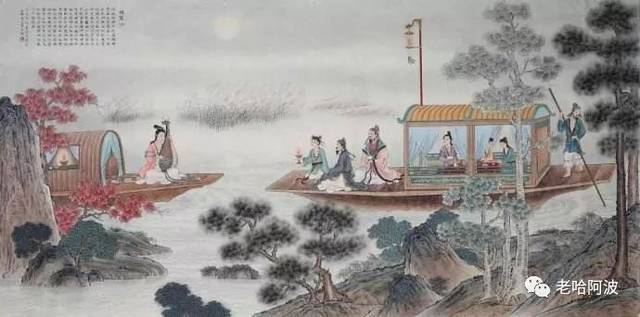
同是天涯沦落人，相逢何必曾相识！